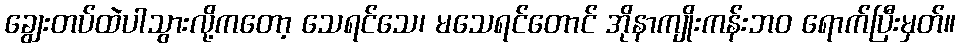
ချွေးတပ်ထဲပါသွားလို့ကတော့ သေရင်သေ၊ မသေရင်တောင် အိုနာကျိုးကန်းဘဝ ရောက်ပြီးမှတ်။